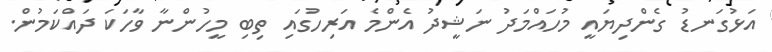
އަޅުގަނޑު ގެންދިޔައީ މުހައްމަދު ނަޝީދު އެންމެ އަރިހުގައި ތިބި މީހުންނާ ވާހަކަ ދައްކަމުން.